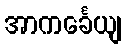
အာကင်္ခေယျ